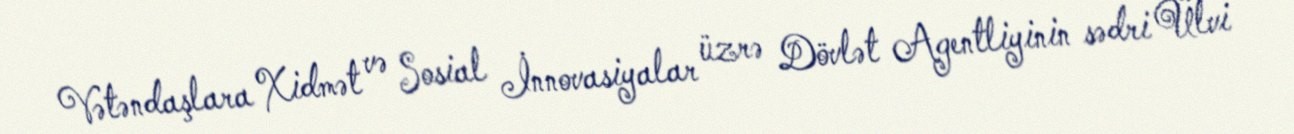
Vətəndaşlara Xidmət və Sosial İnnovasiyalar üzrə Dövlət Agentliyinin sədri Ülvi